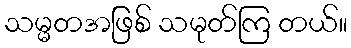
သမ္မတအဖြစ် သမုတ်ကြ တယ်။